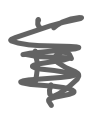
Text: is
Cross-out: scratch
Writing tool: digital_gray